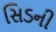
સિડની